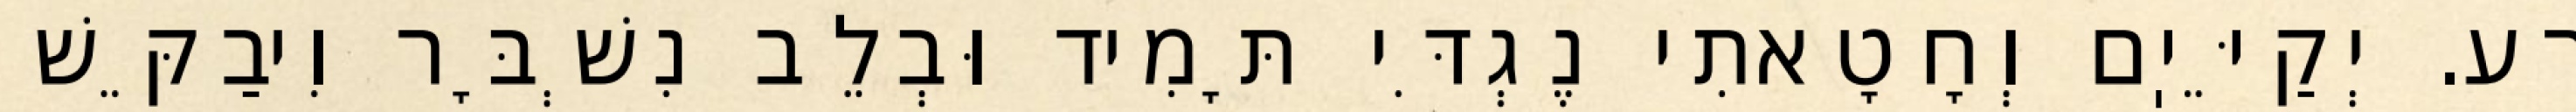
רַע. יְקַיֵּיֽם וְחָטָאתִי נֶגְדִּי תָּמִיד וּבְלֵב נִשְׁבָּר וִיבַקֵּשׁ